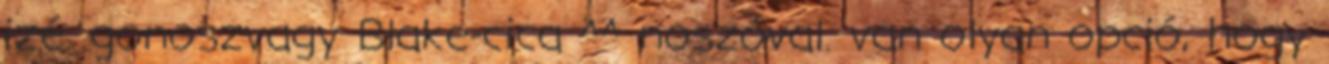
izé. gonoszvagy Blake-cica ^^ noszóval. van olyan opció, hogy